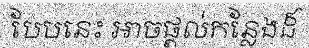
បែបនេះ អាចផ្តល់កន្លែងដ៏